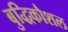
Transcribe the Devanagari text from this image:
बुद्धिकौशल